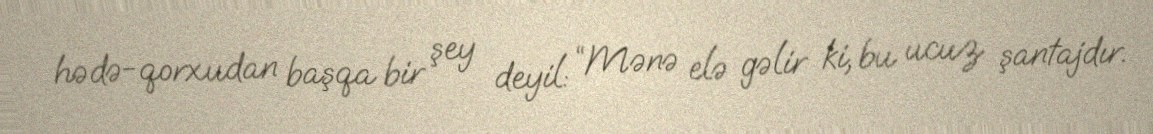
hədə-qorxudan başqa bir şey deyil: “Mənə elə gəlir ki, bu ucuz şantajdır.